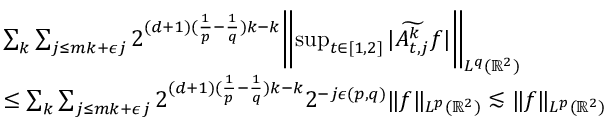
\begin{array} { r l } & { \sum _ { k } \sum _ { j \le m k + \epsilon j } 2 ^ { ( d + 1 ) ( \frac { 1 } { p } - \frac { 1 } { q } ) k - k } \biggl \| \operatorname* { s u p } _ { t \in [ 1 , 2 ] } | \widetilde { A _ { t , j } ^ { k } } f | \biggl \| _ { L ^ { q } ( \mathbb { R } ^ { 2 } ) } } \\ & { \le \sum _ { k } \sum _ { j \le m k + \epsilon j } 2 ^ { ( d + 1 ) ( \frac { 1 } { p } - \frac { 1 } { q } ) k - k } 2 ^ { - j \epsilon ( p , q ) } \| f \| _ { L ^ { p } ( \mathbb { R } ^ { 2 } ) } \lesssim \| f \| _ { L ^ { p } ( \mathbb { R } ^ { 2 } ) } } \end{array}